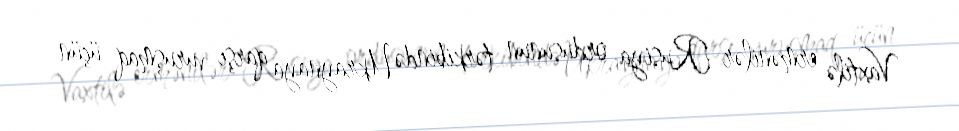
Vaxtilə ermənilər Rusiya ordusunun tərkibində Ukraynaya qarşı vuruşmaq üçün